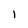
Character: 1